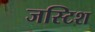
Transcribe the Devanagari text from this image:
जस्टिश